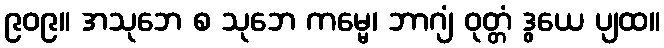
၉၀၉။ အသုဘေ စ သုဘေ ကမ္မေ၊ ဘာဂျံ ဝုတ္တံ ဒွယေ ပျထ။